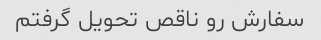
سفارش رو ناقص تحویل گرفتم